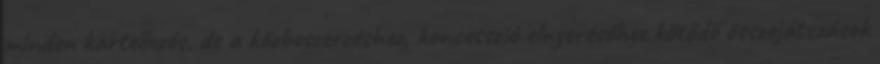
minden kartellezés, de a közbeszerzéshez, koncesszió elnyeréséhez kötődő összejátszások